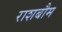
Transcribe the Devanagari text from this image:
राशबौम